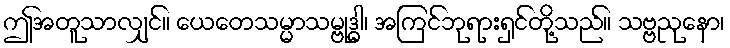
ဤအတူသာလျှင်။ ယေတေသမ္မာသမ္ဗုဒ္ဓါ၊ အကြင်ဘုရားရှင်တို့သည်။ သဗ္ဗညုနော၊